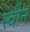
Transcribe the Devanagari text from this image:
स्चीन